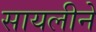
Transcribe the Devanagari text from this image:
सायलीने